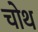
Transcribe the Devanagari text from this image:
चोथ